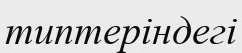
типтеріндегі